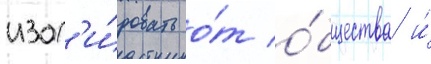
изол'и́ровать о́т о́бщества и́